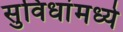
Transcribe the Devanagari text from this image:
सुविधांमध्ये